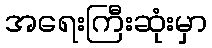
အရေးကြီးဆုံးမှာ